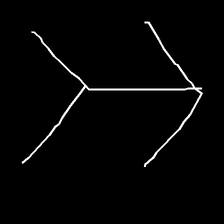
Glyph: gather